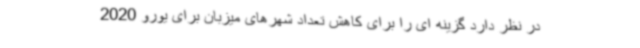
در نظر دارد گزینه ای را برای کاهش تعداد شهرهای میزبان برای یورو 2020